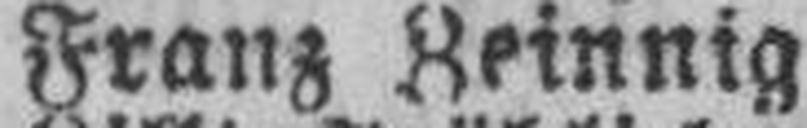
Franz Zeinnig